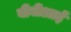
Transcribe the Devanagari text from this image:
बीबीआई